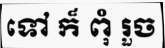
ទៅ ក៏ ពុំ រួច